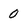
Character: 0